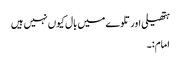
ہتھیلی اور تلوے میں بال کیوں نہیں ہیں
امام:۔